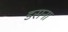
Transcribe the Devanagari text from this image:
डसना